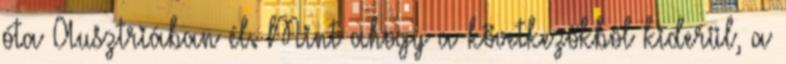
óta Ausztriában él. Mint ahogy a következőkből kiderül, a